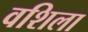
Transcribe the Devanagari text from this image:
वशिला